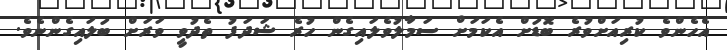
އެހެންވެ ކުރިއަށްވުރެ ބޮޑަށް އެކަމަށް ސަމާލުވެލައިގެން ހުރެ ޝަދަފު ތެދުވީ ވަރަށް ބަލައިގެންނެވެ.